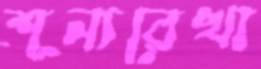
শূন্যরেখা